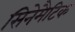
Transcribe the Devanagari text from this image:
सिनेमैटिक